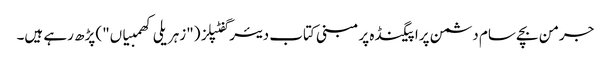
جرمن بچے سام دشمن پراپیگنڈہ پر مبنی کتاب دیئر گفٹپلز ("زہریلی کھمبیاں") پڑھ رہے ہیں۔